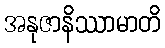
အနုဇာနိဿာမာတိ